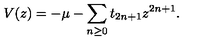
V ( z ) = - \mu - \sum _ { n \ge 0 } t _ { 2 n + 1 } z ^ { 2 n + 1 } .